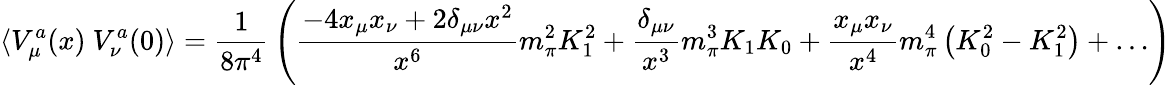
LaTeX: \langle V_{\mu}^{a}(x)\ V_{\nu}^{a}(0)\rangle={\frac{1}{8\pi^{4}}}\left({\frac{-4x_{\mu}x_{\nu}+2\delta_{\mu\nu}x^{2}}{x^{6}}}m_{\pi}^{2}K_{1}^{2}+{\frac{\delta_{\mu\nu}}{x^{3}}}m_{\pi}^{3}K_{1}K_{0}+{\frac{x_{\mu}x_{\nu}}{x^{4}}}m_{\pi}^{4}\left(K_{0}^{2}-K_{1}^{2}\right)+\dots\right)